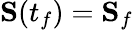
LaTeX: \mathbf{S}(t_{f})=\mathbf{S}_{f}